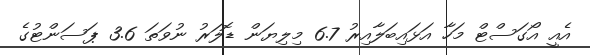
އެއީ އޯގަސްޓް މަހާ އަޅައިބަލާއިރު 6.7 މިލިޔަން ޑޮލަރު ނުވަތަ 3.6 ޕަސަންޓުގެ